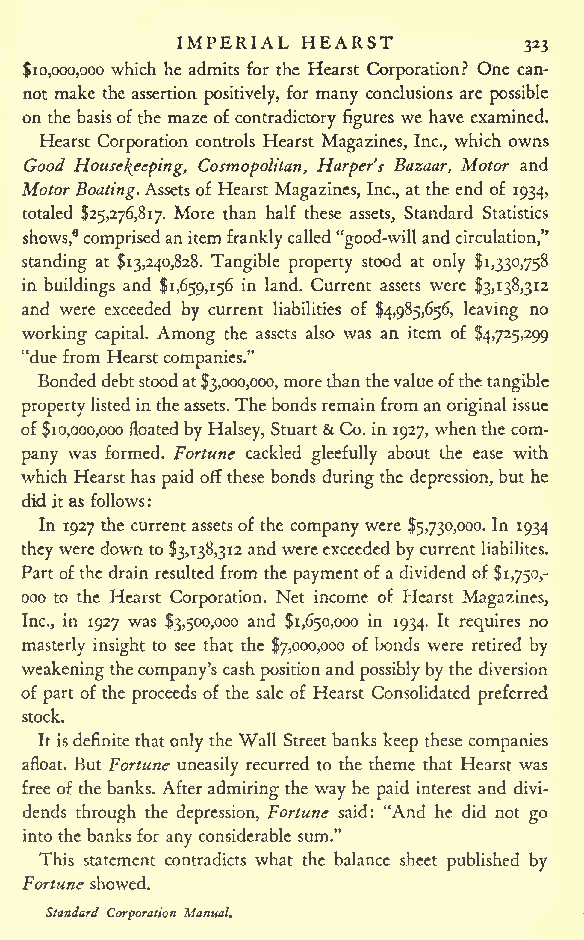
IMPERIAL HEARST
 323
 $10,000,000 which he admits for the Hearst Corporation? One can-
 not make the assertion positively, for many conclusions are possible
 on the basisofthe maze of contradictory figures we have examined.
 Hearst Corporation controls Hearst Magazines, Inc., which owns
 Good Housekeeping, Cosmopolitan, Harper's Bazaar, Motor and
 Motor Boating.Assetsof Hearst Magazines, Inc., at the end of 1934,
 totaled $25,276,817. More than half these assets, Standard Statistics
 shows,8 comprisedanitemfranklycalled"good-will andcirculation,"
 standing at $13,240,828. Tangible property stood at only $1,330,758
 in buildings and $1,659,156 in land. Current assets were $3,138,312
 and were exceeded by current liabilities of $4,985,656, leaving no
 working capital. Among the assets also was an item of $4,725,299
 "due from Hearstcompanies."
 Bondeddebtstoodat$3,000,000,morethanthevalueofthetangible
 propertylistedin theassets.Thebondsremainfroman original issue
 of$10,000,000 floatedby Halsey, Stuart &Co. in 1927, whenthe com-
 pany was formed. Fortune cackled gleefully about the ease with
 which Hearst haspaid offthese bonds duringthe depression,but he
 didit as follows :
 In 1927 the currentassetsof the companywere $5,730,000. In 1934
 theyweredownto$3,138,312and wereexceeded bycurrent liabilites.
 Partofthe drain resulted from the paymentof a dividend of $1,750,-
 ooo to the Hearst Corporation. Net income of Hearst Magazines,
 Inc., in 1927 was $3,500,000 and $1,650,000 in 1934. It requires no
 masterly insight to see that the $7,000,000 of bonds were retired by
 weakeningthecompany's cashpositionand possiblyby the diversion
 of part of the proceeds of the sale of Hearst Consolidated preferred
 stock.
 It isdefinitethatonly the Wall Streetbanks keep these companies
 afloat. But Fortune uneasily recurred to the theme that Hearst was
 free of thebanks. Afteradmiring the way he paid interest and divi-
 dends through the depression, Fortune said: "And he did not go
 into the banks for any considerable sum."
 This statement contradicts what the balance sheet published by
 Fortune showed.
 Standard Corporation Manual.